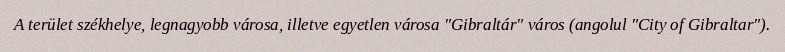
A terület székhelye, legnagyobb városa, illetve egyetlen városa "Gibraltár" város (angolul "City of Gibraltar").